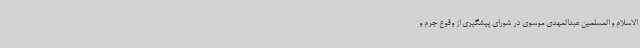
الاسلام و المسلمین عبدالمهدی موسوی در شورای پیشگیری از وقوع جرم و